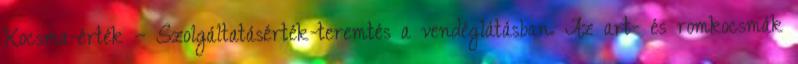
Kocsma-érték – Szolgáltatásérték-teremtés a vendéglátásban. Az art- és romkocsmák